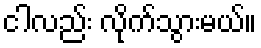
ငါလည်း လိုက်သွားမယ်။